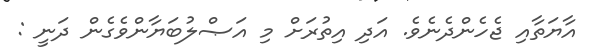
އާޔަތާއި ޖެހެންދެނެވެ. އަދި އިތުރަށް މި އަޞްލުބަޔާންވެގެން ދަނީ :